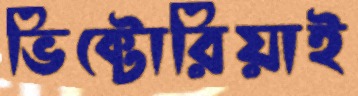
ভিক্টোরিয়াই